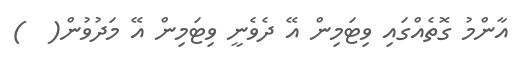
އާންމު ގޮތެއްގައި ވިޓަމިން އޭ ދެވެނީ ވިޓަމިން އޭ މަދުވުން(  )